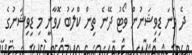
ދެ ވަނަ ޑިވިޝަނުން ވޯޓު ދޭނެ ތިން ކްލަބު ހޮވާނީ މި ޑިވިޝަނުގެ